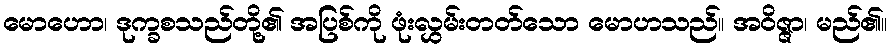
မောဟော၊ ဒုက္ခစသည်တို့၏ အပြစ်ကို ဖုံးလွှမ်းတတ်သော မောဟသည်။ အဝိဇ္ဇာ၊ မည်၏။